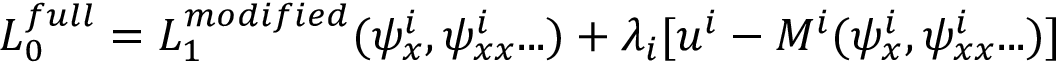
{ \cal L } _ { 0 } ^ { f u l l } = { \cal L } _ { 1 } ^ { m o d i f i e d } ( \psi _ { x } ^ { i } , \psi _ { x x } ^ { i } . . . ) + \lambda _ { i } [ u ^ { i } - M ^ { i } ( \psi _ { x } ^ { i } , \psi _ { x x } ^ { i } . . . ) ]